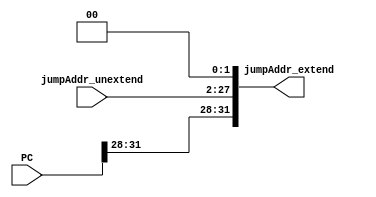
`timescale 1ns / 1ps
//////////////////////////////////////////////////////////////////////////////////
// Company: 
// Engineer: 
// 
// Design Name: 
// Module Name: jumpInsExtend
// Project Name: 
// Target Devices: 
// Tool Versions: 
// Description: 
// 
// Dependencies: 
// 
// Revision:
// Revision 0.01 - File Created
// Additional Comments:
// 
//////////////////////////////////////////////////////////////////////////////////


module jumpInsExtend(
    input [31:0] PC,
    input [25:0] jumpAddr_unextend,
    output [31:0] jumpAddr_extend
    );
    
    assign jumpAddr_extend = {PC[31:28], jumpAddr_unextend, 2'b00};
    
endmodule